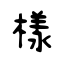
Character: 樣